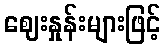
ဈေးနှုန်းများဖြင့်